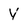
Character: Y